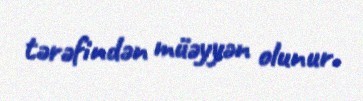
tərəfindən müəyyən olunur.